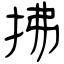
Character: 拂